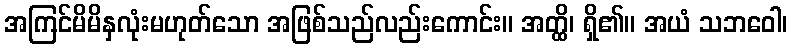
အကြင်မိမိနှလုံးမဟုတ်သော အဖြစ်သည်လည်းကောင်း။ အတ္ထိ၊ ရှိ၏။ အယံ သဘဝေါ၊